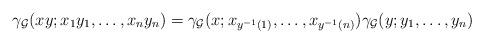
LaTeX: \begin{align*}\gamma_{\mathcal G}(xy;x_1y_1,\dots,x_ny_n)= \gamma_{\mathcal G}(x;x_{y^{-1}(1)},\dots,x_{y^{-1}(n)})\gamma_{\mathcal G}(y;y_1,\dots,y_n)\end{align*}